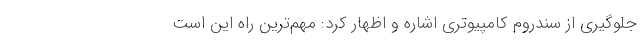
جلوگیری از سندروم کامپیوتری اشاره و اظهار کرد: مهم‌ترین راه این است